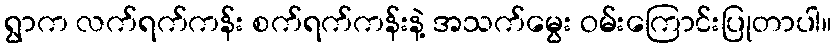
ရွာက လက်ရက်ကန်း စက်ရက်ကန်းနဲ့ အသက်မွေး ဝမ်းကြောင်းပြုတာပါ။